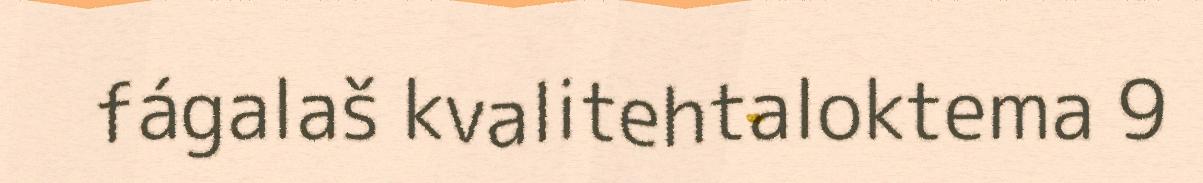
fágalaš kvalitehtaloktema 9